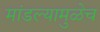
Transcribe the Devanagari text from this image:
मांडल्यामुळेच